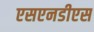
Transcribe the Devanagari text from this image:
एसएनडीएस